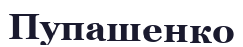
Пупашенко